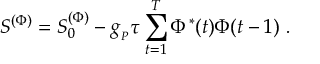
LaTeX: S ^ { ( \Phi ) } = S _ { 0 } ^ { ( \Phi ) } - g _ { _ P } \tau \sum _ { t = 1 } ^ { T } \Phi ^ { * } ( t ) \Phi ( t - 1 ) \ .